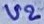
Text: U2